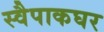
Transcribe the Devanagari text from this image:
स्वैपाकघर